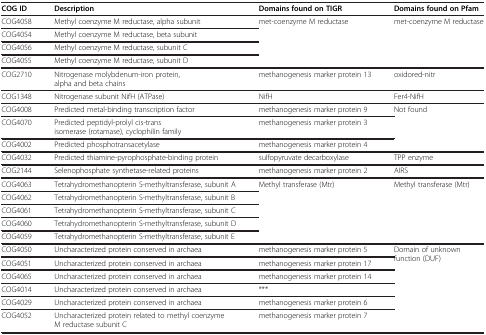
<table><thead><tr><td><b>COG ID</b></td><td><b>Description</b></td><td><b>Domains found on TIGR</b></td><td><b>Domains found on Pfam</b></td></tr></thead><tbody><tr><td>COG4058</td><td>Methyl coenzyme M reductase, alpha subunit</td><td rowspan="4">met-coenzyme M reductase</td><td rowspan="4">met-coenzyme M reductase</td></tr><tr><td>COG4054</td><td>Methyl coenzyme M reductase, beta subunit</td></tr><tr><td>COG4056</td><td>Methyl coenzyme M reductase, subunit C</td></tr><tr><td>COG4055</td><td>Methyl coenzyme M reductase, subunit D</td></tr><tr><td>COG2710</td><td>Nitrogenase molybdenum-iron protein, alpha and beta chains</td><td>methanogenesis marker protein 13</td><td>oxidored-nitr</td></tr><tr><td>COG1348</td><td>Nitrogenase subunit NifH (ATPase)</td><td>NifH</td><td>Fer4-NifH</td></tr><tr><td>COG4008</td><td>Predicted metal-binding transcription factor</td><td>methanogenesis marker protein 9</td><td rowspan="3">Not found</td></tr><tr><td>COG4070</td><td>Predicted peptidyl-prolyl cis-trans isomerase (rotamase), cyclophilin family</td><td>methanogenesis marker protein 3</td></tr><tr><td>COG4002</td><td>Predicted phosphotransacetylase</td><td>methanogenesis marker protein 4</td></tr><tr><td>COG4032</td><td>Predicted thiamine-pyrophosphate-binding protein</td><td>sulfopyruvate decarboxylase</td><td>TPP enzyme</td></tr><tr><td>COG2144</td><td>Selenophosphate synthetase-related proteins</td><td>methanogenesis marker protein 2</td><td>AIRS</td></tr><tr><td>COG4063</td><td>Tetrahydromethanopterin S-methyltransferase, subunit A</td><td rowspan="5">Methyl transferase (Mtr)</td><td rowspan="5">Methyl transferase (Mtr)</td></tr><tr><td>COG4062</td><td>Tetrahydromethanopterin S-methyltransferase, subunit B</td></tr><tr><td>COG4061</td><td>Tetrahydromethanopterin S-methyltransferase, subunit C</td></tr><tr><td>COG4060</td><td>Tetrahydromethanopterin S-methyltransferase, subunit D</td></tr><tr><td>COG4059</td><td>Tetrahydromethanopterin S-methyltransferase, subunit E</td></tr><tr><td>COG4050</td><td>Uncharacterized protein conserved in archaea</td><td>methanogenesis marker protein 5</td><td rowspan="6">Domain of unknown function (DUF)</td></tr><tr><td>COG4051</td><td>Uncharacterized protein conserved in archaea</td><td>methanogenesis marker protein 17</td></tr><tr><td>COG4065</td><td>Uncharacterized protein conserved in archaea</td><td>methanogenesis marker protein 14</td></tr><tr><td>COG4014</td><td>Uncharacterized protein conserved in archaea</td><td>***</td></tr><tr><td>COG4029</td><td>Uncharacterized protein conserved in archaea</td><td>methanogenesis marker protein 6</td></tr><tr><td>COG4052</td><td>Uncharacterized protein related to methyl coenzyme M reductase subunit C</td><td>methanogenesis marker protein 7</td></tr></tbody></table>